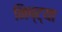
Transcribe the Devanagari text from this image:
निष्ट्या